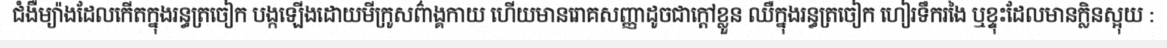
ជំងឺម្យ៉ាងដែលកើតក្នុងរន្ធត្រចៀក បង្កឡើងដោយមីក្រូសព៌ាង្គកាយ ហើយមានរោគសញ្ញាដូចជាក្តៅខ្លួន ឈឺក្នុងរន្ធត្រចៀក ហៀរទឹករងៃ ឬខ្ទុះដែលមានក្លិនស្អុយ :